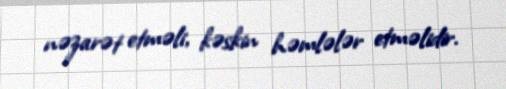
nəzarət etməli, kəskin həmlələr etməlidir.